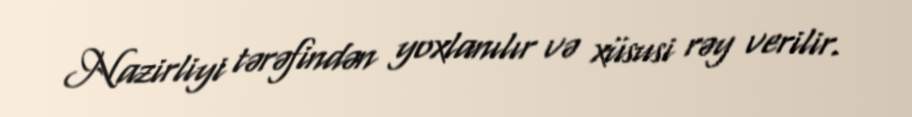
Nazirliyi tərəfindən yoxlanılır və xüsusi rəy verilir.